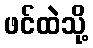
ဖင်ထဲသို့